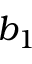
b _ { 1 }